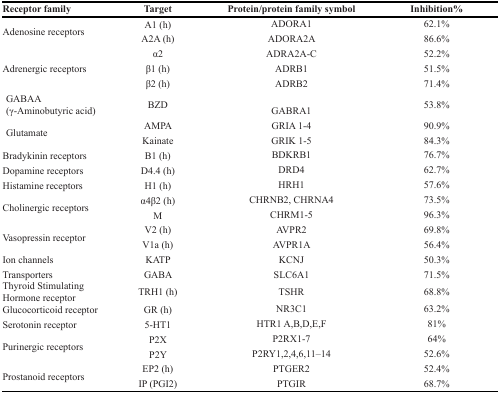
<table><thead><tr><td><b>Receptor family</b></td><td><b>Target</b></td><td><b>Protein/protein family symbol</b></td><td><b>Inhibition%</b></td></tr></thead><tbody><tr><td rowspan="2">Adenosine receptors</td><td>A1 (h)</td><td>ADORA1</td><td>62.1%</td></tr><tr><td>A2A (h)</td><td>ADORA2A</td><td>86.6%</td></tr><tr><td rowspan="3">Adrenergic receptors</td><td>α2</td><td>ADRA2A-C</td><td>52.2%</td></tr><tr><td>β1 (h)</td><td>ADRB1</td><td>51.5%</td></tr><tr><td>β2 (h)</td><td>ADRB2</td><td>71.4%</td></tr><tr><td>GABAA (γ-Aminobutyric acid)</td><td>BZD</td><td>GABRA1</td><td>53.8%</td></tr><tr><td rowspan="2">Glutamate</td><td>AMPA</td><td>GRIA 1-4</td><td>90.9%</td></tr><tr><td>Kainate</td><td>GRIK 1-5</td><td>84.3%</td></tr><tr><td>Bradykinin receptors</td><td>B1 (h)</td><td>BDKRB1</td><td>76.7%</td></tr><tr><td>Dopamine receptors</td><td>D4.4 (h)</td><td>DRD4</td><td>62.7%</td></tr><tr><td>Histamine receptors</td><td>H1 (h)</td><td>HRH1</td><td>57.6%</td></tr><tr><td rowspan="2">Cholinergic receptors</td><td>α4β2 (h)</td><td>CHRNB2, CHRNA4</td><td>73.5%</td></tr><tr><td>M</td><td>CHRM1-5</td><td>96.3%</td></tr><tr><td rowspan="2">Vasopressin receptor</td><td>V2 (h)</td><td>AVPR2</td><td>69.8%</td></tr><tr><td>V1a (h)</td><td>AVPR1A</td><td>56.4%</td></tr><tr><td>Ion channels</td><td>KATP</td><td>KCNJ</td><td>50.3%</td></tr><tr><td>Transporters</td><td>GABA</td><td>SLC6A1</td><td>71.5%</td></tr><tr><td>Thyroid Stimulating Hormone receptor</td><td>TRH1 (h)</td><td>TSHR</td><td>68.8%</td></tr><tr><td>Glucocorticoid receptor</td><td>GR (h)</td><td>NR3C1</td><td>63.2%</td></tr><tr><td>Serotonin receptor</td><td>5-HT1</td><td>HTR1 A,B,D,E,F</td><td>81%</td></tr><tr><td rowspan="2">Purinergic receptors</td><td>P2X</td><td>P2RX1-7</td><td>64%</td></tr><tr><td>P2Y</td><td>P2RY1,2,4,6,11–14</td><td>52.6%</td></tr><tr><td rowspan="2">Prostanoid receptors</td><td>EP2 (h)</td><td>PTGER2</td><td>52.4%</td></tr><tr><td>IP (PGI2)</td><td>PTGIR</td><td>68.7%</td></tr></tbody></table>